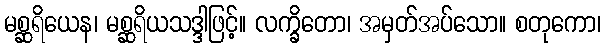
မစ္ဆရိယေန၊ မစ္ဆရိယသဒ္ဒါဖြင့်။ လက္ခိတော၊ အမှတ်အပ်သော။ စတုကော၊